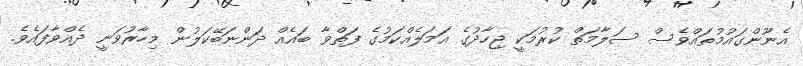
އެނޫންގައުމުތައްވެސް ސަލާމަތް ކުރުމަކީ ޖިހާދުގެ އަމަލެއްކަމުގެ ފަތްވާ ބައެއް ދަންނަބޭކަލުން މިހާރުވަނީ ދެއްވާފައެވެ.